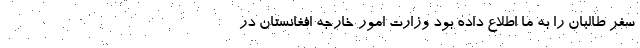
سفر طالبان را به ما اطلاع داده بود وزارت امور خارجه افغانستان در